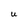
Character: U